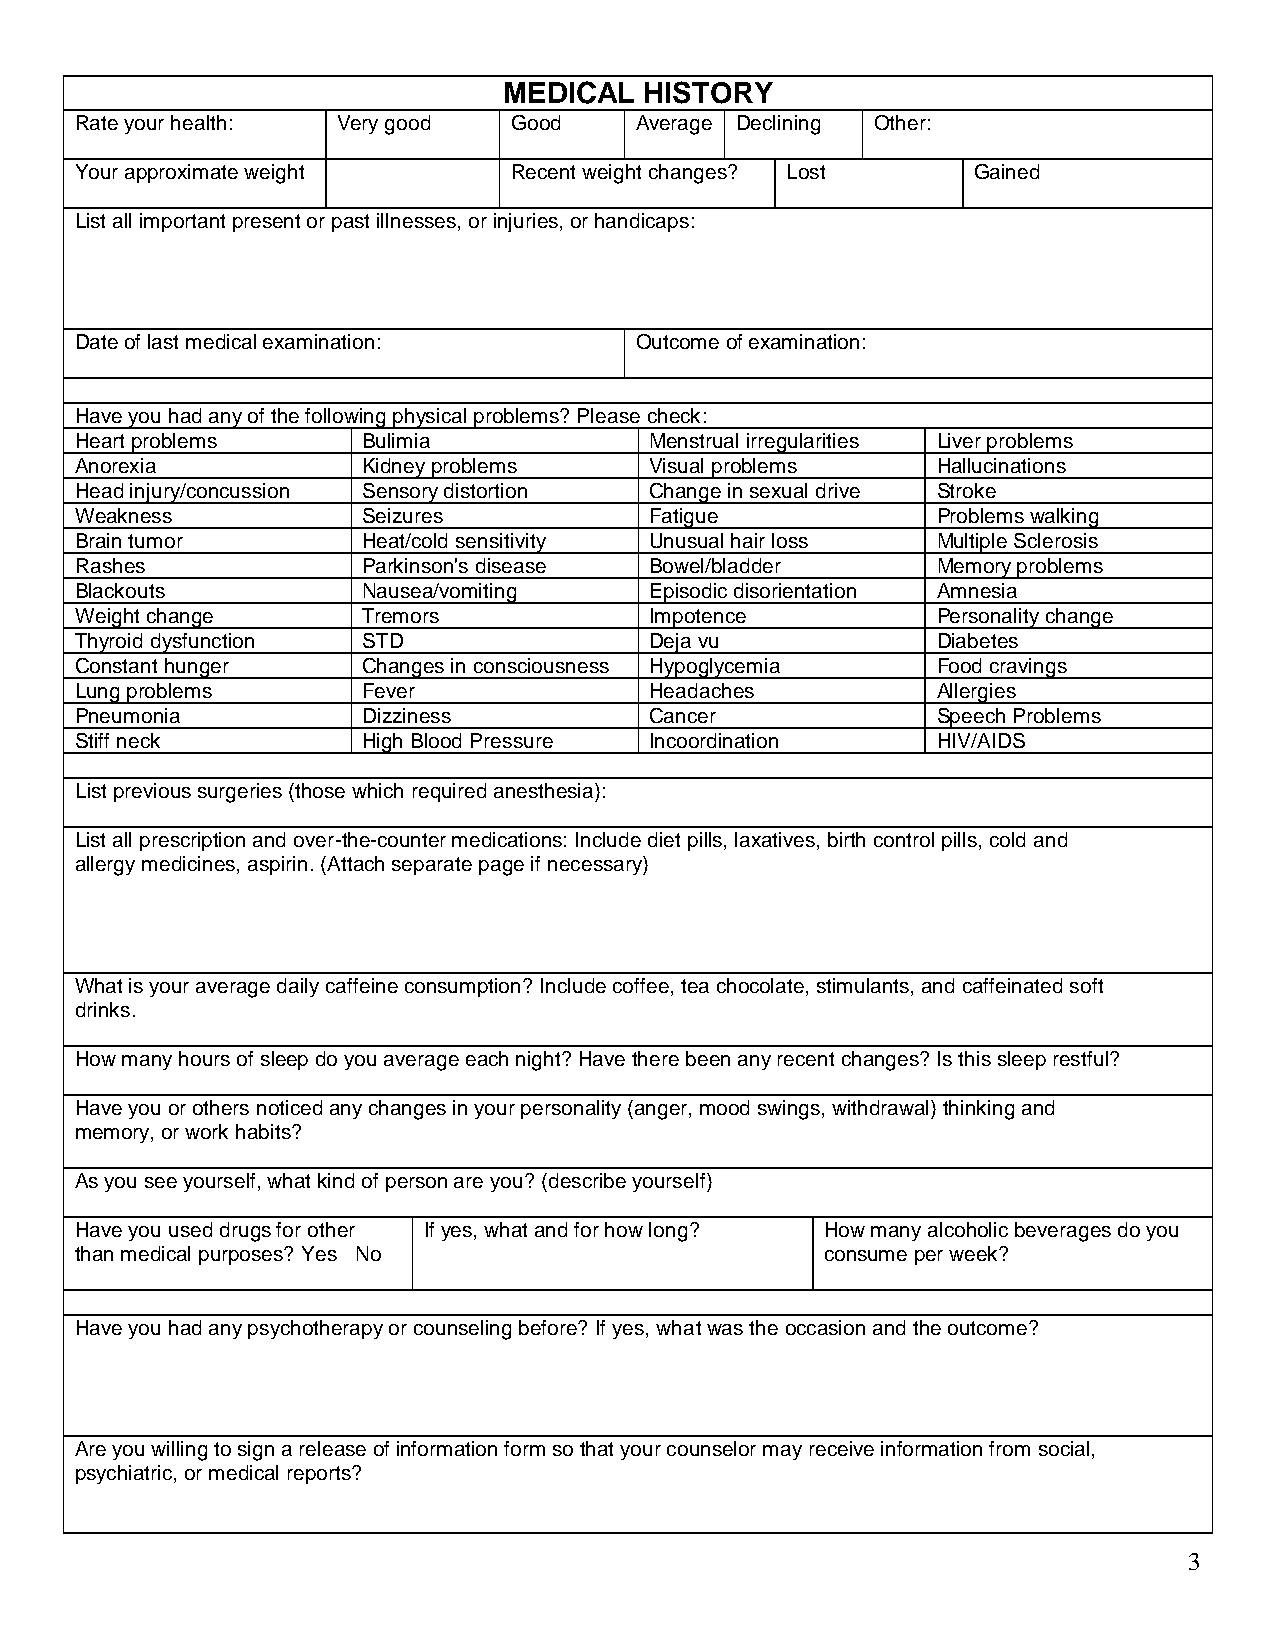
MEDICAL   HISTORY
 Rate your health: Very good  Good    Average Declining Other:
 Your approximate weight      Recent weight changes? Lost   Gained
 List all important present or past illnesses, or injuries, or handicaps:
 Date of last medical examination:    Outcome of examination:
 Have you had any of the following physical problems? Please check:
 Heart problems     Bulimia            Menstrual irregularities Liver problems
 Anorexia           Kidney problems    Visual problems    Hallucinations
 Head injury/concussion Sensory distortion Change in sexual drive Stroke
 Weakness           Seizures           Fatigue            Problems walking
 Brain tumor        Heat/cold sensitivity Unusual hair loss Multiple Sclerosis
 Rashes             Parkinson's disease Bowel/bladder     Memory problems
 Blackouts          Nausea/vomiting    Episodic disorientation Amnesia
 Weight change      Tremors            Impotence          Personality change
 Thyroid dysfunction STD               Deja vu            Diabetes
 Constant hunger    Changes in consciousness Hypoglycemia Food cravings
 Lung problems      Fever              Headaches          Allergies
 Pneumonia          Dizziness          Cancer             Speech Problems
 Stiff neck         High Blood Pressure Incoordination    HIV/AIDS
 List previous surgeries (those which required anesthesia):
 List all prescription and over-the-counter medications: Include diet pills, laxatives, birth control pills, cold and
 allergy medicines, aspirin. (Attach separate page if necessary)
 What is your average daily caffeine consumption? Include coffee, tea chocolate, stimulants, and caffeinated soft
 drinks.
 How many hours of sleep do you average each night? Have there been any recent changes? Is this sleep restful?
 Have you or others noticed any changes in your personality (anger, mood swings, withdrawal) thinking and
 memory, or work habits?
 As you see yourself, what kind of person are you? (describe yourself)
 Have you used drugs for other If yes, what and for how long? How many alcoholic beverages do you
 than medical purposes? Yes No                     consume per week?
 Have you had any psychotherapy or counseling before? If yes, what was the occasion and the outcome?
 Are you willing to sign a release of information form so that your counselor may receive information from social,
 psychiatric, or medical reports?
 3